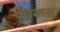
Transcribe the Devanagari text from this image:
ऐबकस्